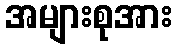
အများစုအား